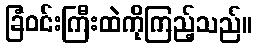
ခြံဝင်းကြီးထဲကိုကြည့်သည်။